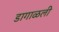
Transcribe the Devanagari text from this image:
डागाळली